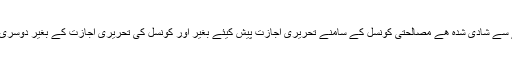
کوئی شخص جو پہلے سے شادی شدہ ھے مصالحتی کونسل کے سامنے تحریری اجازت پیش کیئے بغیر اور کونسل کی تحریری اجازت کے بغیر دوسری شادی نہیں کر سکتا ۔